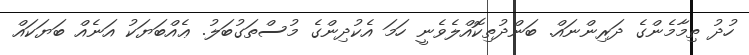
ހުދު ތިމާމެންގެ ދަރިންނައް. ބަންދުތިކޮއްލެވެނީ ހަމަ އެކުދިންގެ މުސްތަގުބަލު. ޢެއްބަޔަކު އަނެއް ބަޔަކައް